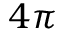
4 \pi